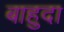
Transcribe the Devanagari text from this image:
बाहुदा